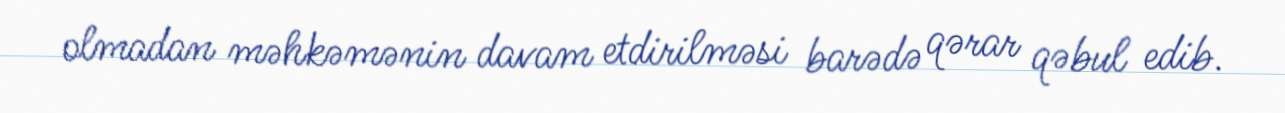
olmadan məhkəmənin davam etdirilməsi barədə qərar qəbul edib.